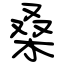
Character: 桑